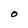
Character: O